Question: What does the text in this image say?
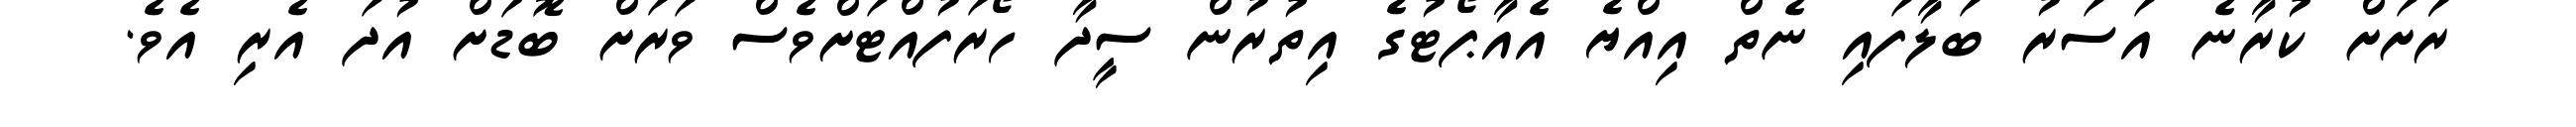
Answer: ރަަށަށް ކުރާނެ އަސަރު ބަލާފައި ނެތް އިއްޔެ އެއާޕޯޓުގެ އިތުރުން ސީދާ ހޯރަފުއްޓަށްވެސް ވަރަށް ބޮޑަށް އުދަ އެރި އެވެ.